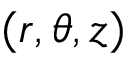
( r , \theta , z )